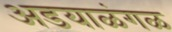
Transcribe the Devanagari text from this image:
अडयाळंगळ